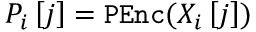
P _ { i } \left[ j \right] = \mathtt { P E n c } ( X _ { i } \left[ j \right] )